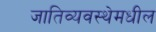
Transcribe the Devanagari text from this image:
जातिव्यवस्थेमधील